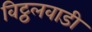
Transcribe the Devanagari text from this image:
विट्ठलवाडी